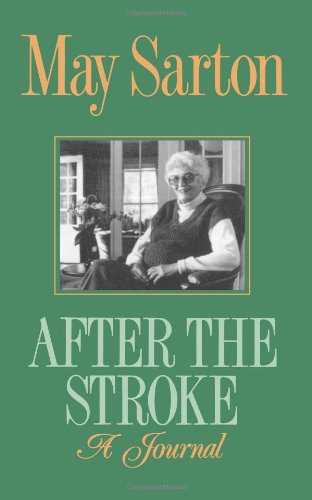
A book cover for After the Stroke: A Journal; May Sarton; Health, Fitness & Dieting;